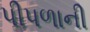
પીપળાની